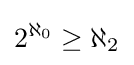
2^{\aleph _{0}}\geq \aleph _{2}